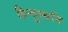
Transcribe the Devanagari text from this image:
हिन्दुस्थनि